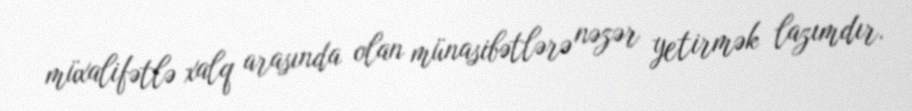
müxalifətlə xalq arasında olan münasibətlərə nəzər yetirmək lazımdır.